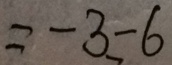
= - 3 - 6